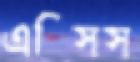
এক্সিস